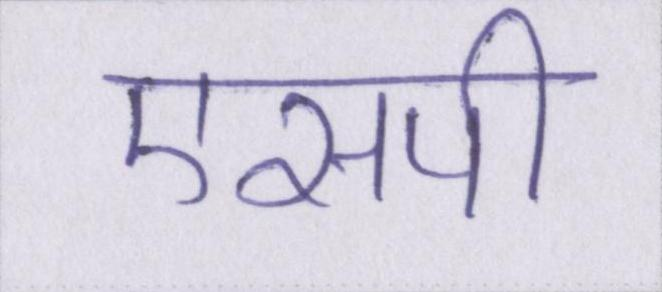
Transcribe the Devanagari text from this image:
एसपी